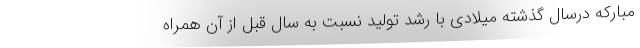
مبارکه درسال گذشته میلادی با رشد تولید نسبت به سال قبل از آن همراه